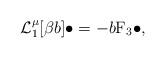
LaTeX: \begin{align*} \mathcal{L}_1^{\mu}[\beta b]\bullet = -b \mathrm{F}_3\bullet, \end{align*}